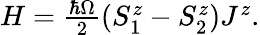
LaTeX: \begin{array}{r}{H=\frac{\hbar\Omega}{2}\left(S_{1}^{z}-S_{2}^{z}\right)J^{z}.}\end{array}